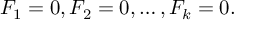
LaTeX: F _ { 1 } = 0 , F _ { 2 } = 0 , \ldots , F _ { k } = 0 .